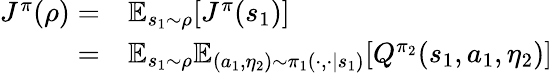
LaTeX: \begin{array}{rl}{J^{\pi}(\rho)=}&{\mathbb{E}_{s_{1}\sim\rho}[J^{\pi}(s_{1})]}\\ {=}&{\mathbb{E}_{s_{1}\sim\rho}\mathbb{E}_{(a_{1},\eta_{2})\sim\pi_{1}(\cdot,\cdot|s_{1})}[Q^{\pi_{2}}(s_{1},a_{1},\eta_{2})]}\end{array}